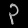
Digit: ၃